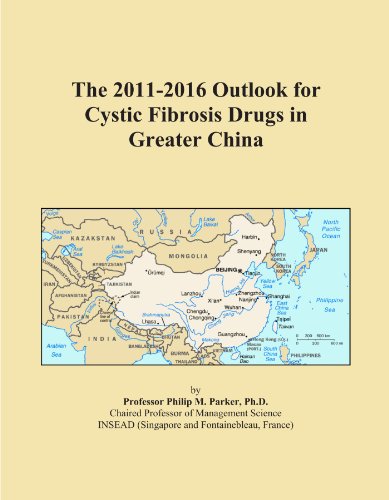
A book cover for The 2011-2016 Outlook for Cystic Fibrosis Drugs in Greater China; Icon Group International; Health, Fitness & Dieting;